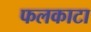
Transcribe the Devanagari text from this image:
फलकाटा